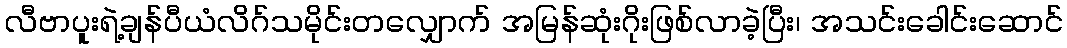
လီဗာပူးရဲ့ချန်ပီယံလိဂ်သမိုင်းတလျှောက် အမြန်ဆုံးဂိုးဖြစ်လာခဲ့ပြီး၊ အသင်းခေါင်းဆောင်